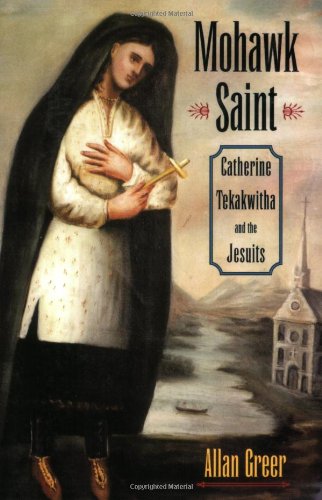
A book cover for Mohawk Saint: Catherine Tekakwitha and the Jesuits; Allan Greer; Biographies & Memoirs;